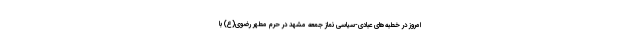
امروز در خطبه‌های عبادی-سیاسی نماز جمعه مشهد در حرم مطهر رضوی(ع) با